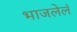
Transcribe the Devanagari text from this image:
भाजलेलं